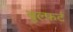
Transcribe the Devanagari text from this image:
बुल्फ़र्ट